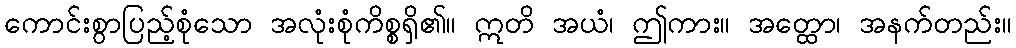
ကောင်းစွာပြည့်စုံသော အလုံးစုံကိစ္စရှိ၏။ ဣတိ အယံ၊ ဤကား။ အတ္ထော၊ အနက်တည်း။